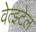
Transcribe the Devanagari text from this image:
वेत्झ्टेल